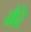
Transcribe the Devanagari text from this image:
गैरे